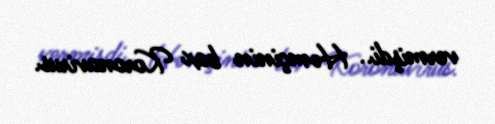
vermişdi.. Həmçinin bax Koronavirus.